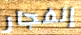
إنفجار